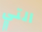
التي